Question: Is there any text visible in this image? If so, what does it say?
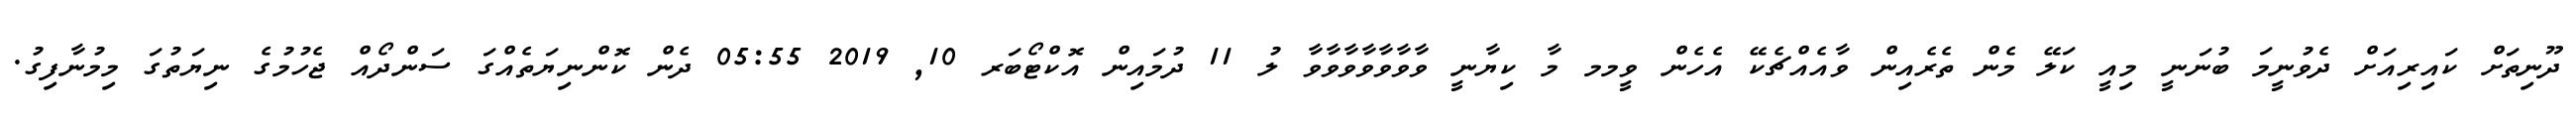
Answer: ދޫނިތަށް ކައިރިއަށް ދެވުނީމަ ބުނަނީ މިއީ ކަލޭ މެން ތެރެއިން ވާއެއްޗެކޭ އެހެން ވީމމ މާ ކިޔާނީ ވާވާވާވާވާވާވާ ލު 11 ދުމައިން އޮކްޓޯބަރ 10, 2019 05:55 ދެން ކޮންނިޔަތެއްގަ ސަންދޯއް ޖެހުމުގެ ނިޔަތުގަ މިމުނާފިގު.